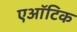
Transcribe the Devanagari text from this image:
एऑटिक